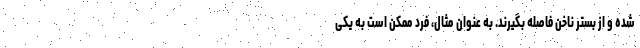
شده و از بستر ناخن فاصله بگیرند. به عنوان مثال، فرد ممکن است به یکی